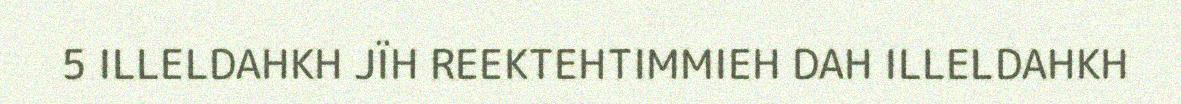
5 ILLELDAHKH JÏH REEKTEHTIMMIEH DAH ILLELDAHKH